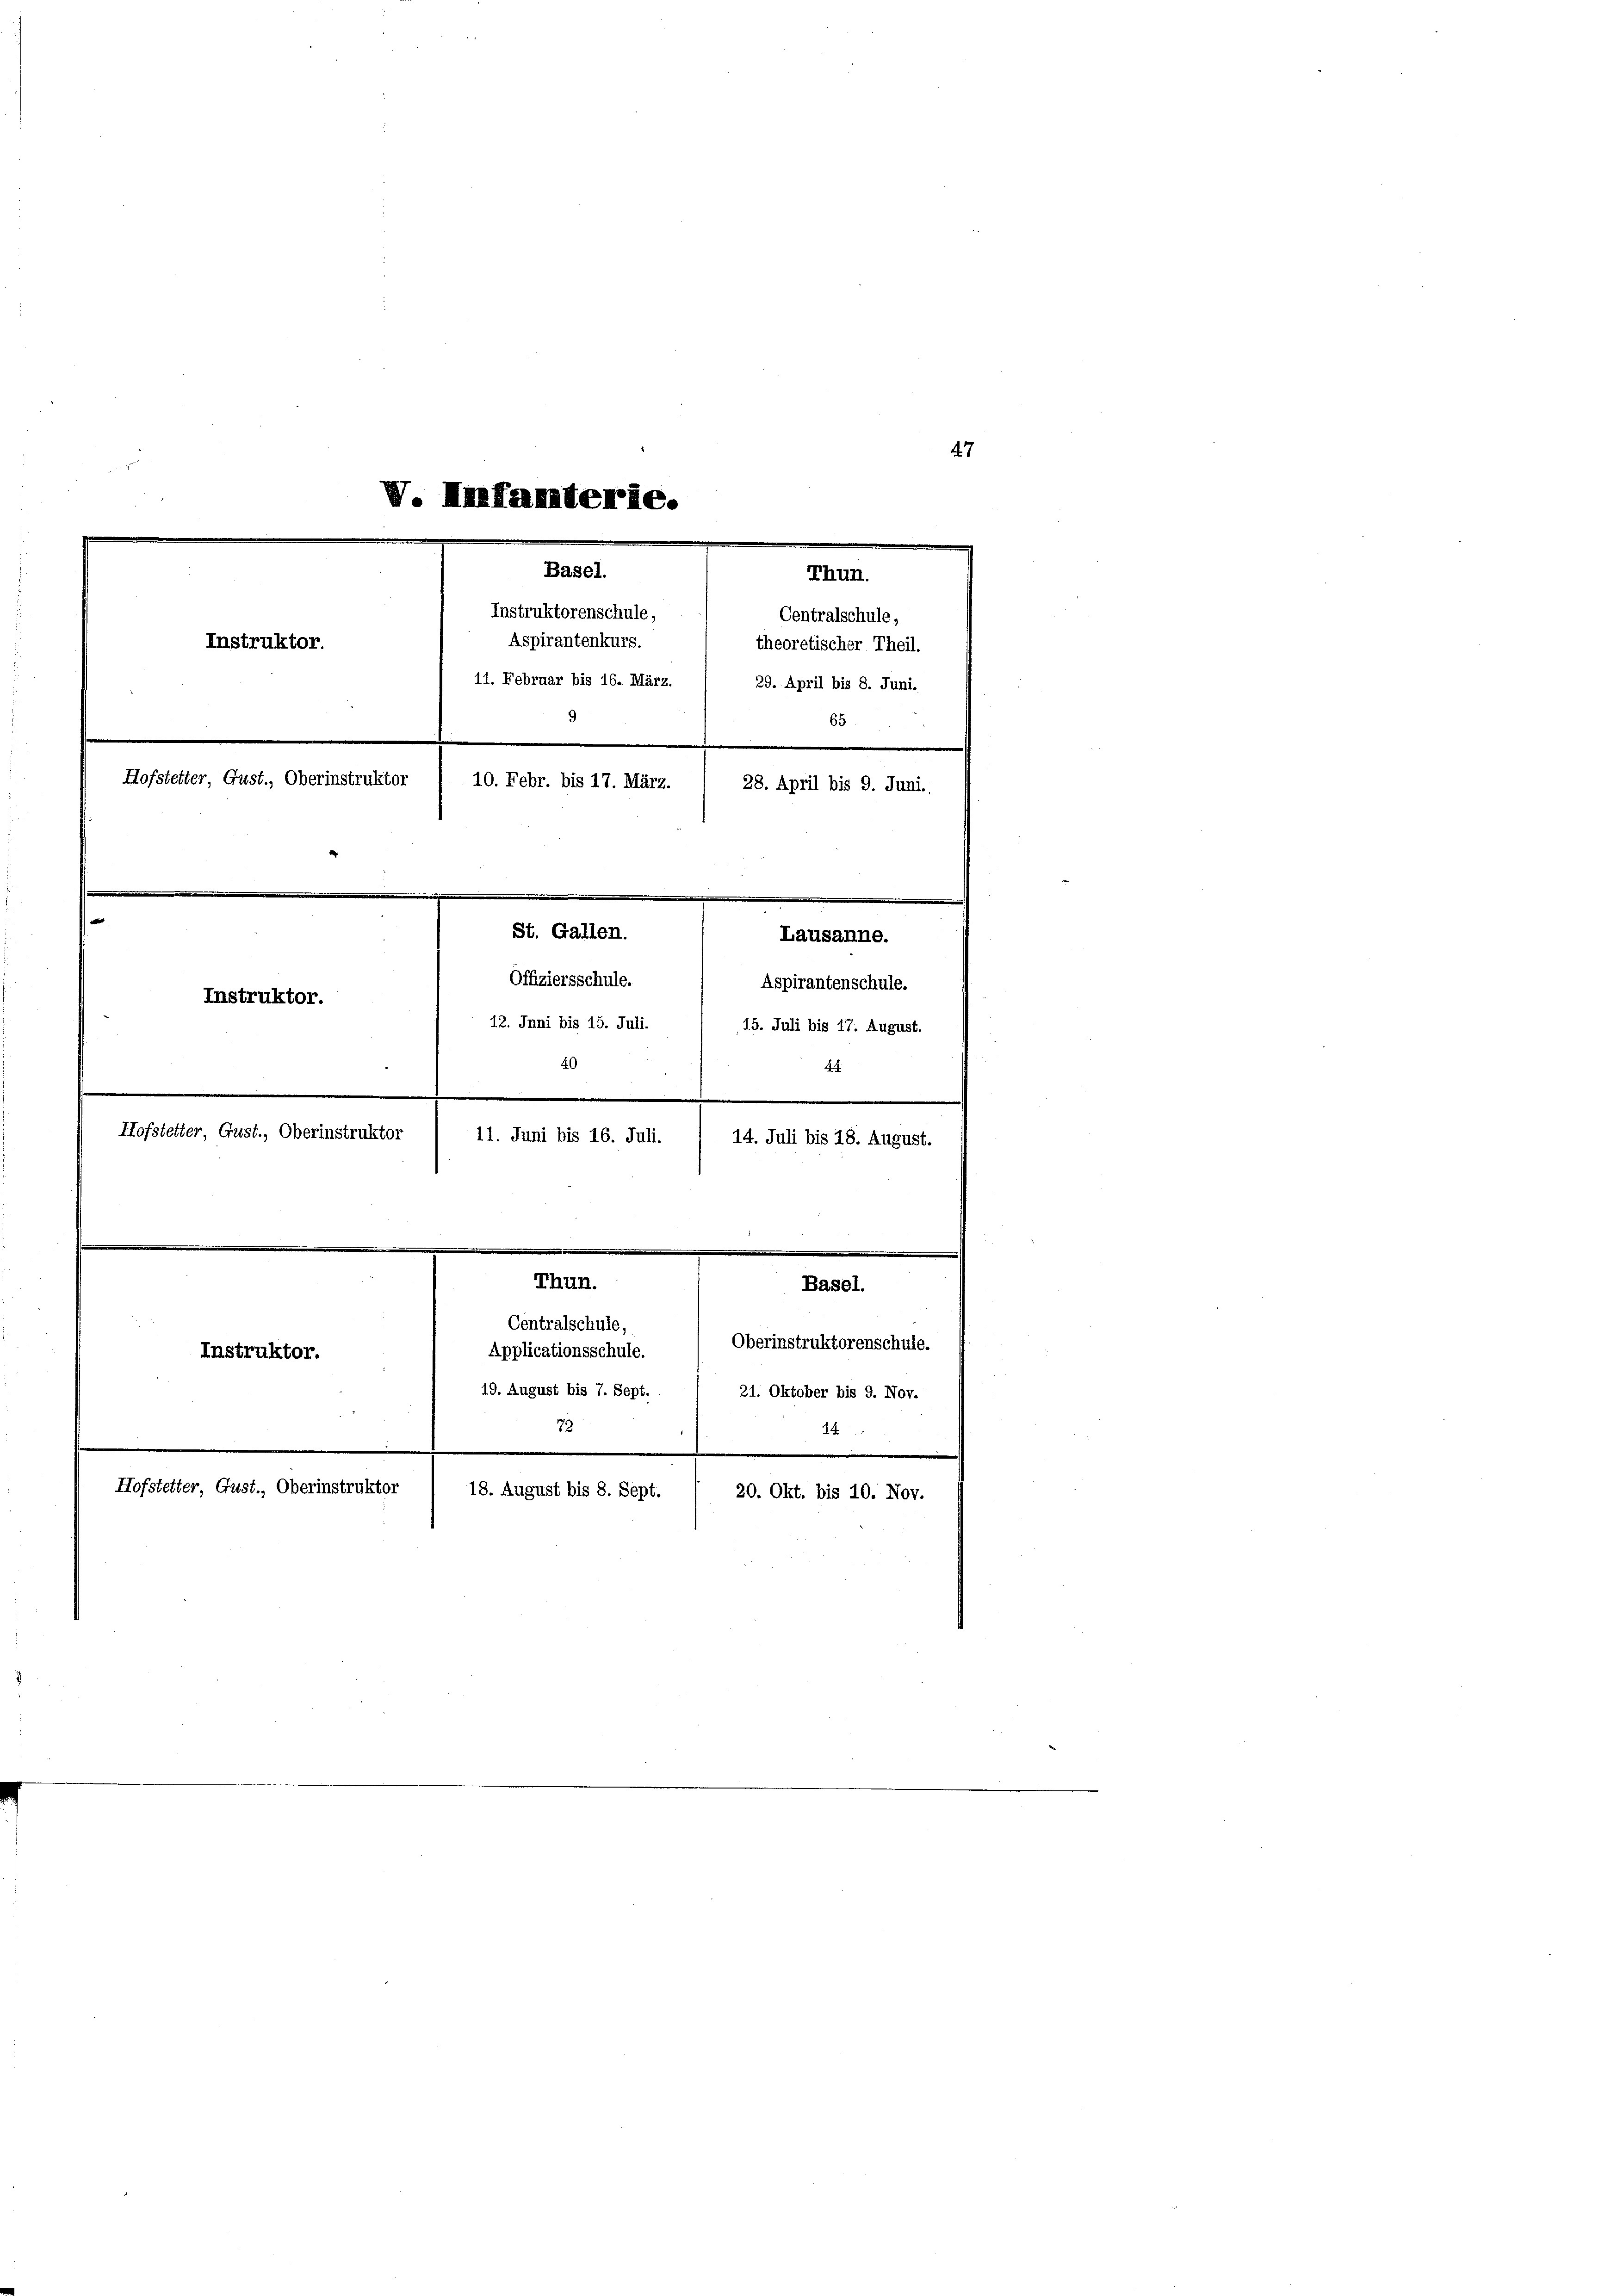
47
V. Infanterie.
e
Basel.
Thun.
Instruktorenschule,
Centralschule,
Aspirantenkurs.
Instruktor.
theoretischer Theil.
11. Februar bis 16. März. 1 29. April bis 8. Juni.
9
65
Hofstetter Gust., Oberinstruktor
10. Febr. bis 17. März.
28. April bis 9. Juni.
St. Gallen.
Lausanne.
Offiziersschule.
Aspirantenschule.
Instruktor.
12. Inni bis 15. Juli. / 15. Juli bis 17. August.
40
4.
Hofstetter Gust., Oberinstruktor
11. Juni bis 16. Juli.

14. Juli bis 18. August.

Thun.

Instruktor.
Hofstetter Gust., Oberinstruktor

Centralschule,
Applicationsschule.
19. August bis 7. Sept.
79

Basel.
18. August bis 8. Sept.
20. Okt. bis 10. Nov.

Oberinstruktorenschule.
21. Oktober bis 9. Nov.
14